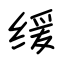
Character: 缓